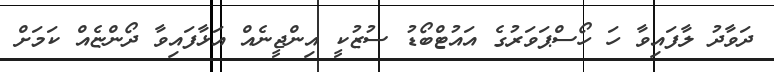
ދަވާދު ލާފައިވާ ހަ ހޯސްޕަވަރުގެ އައުޓްބޯޑު ސުޒުކީ އިންޖީނެއް އަޅާފައިވާ ދޯންޏެއް ކަމަށް